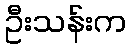
ဦးသန်းက